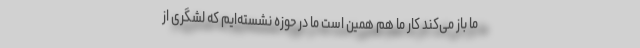
ما باز می‌کند کار ما هم همین است ما در حوزه نشسته‌ایم که لشگری از